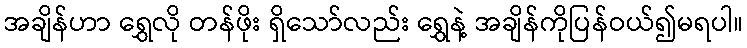
အချိန်ဟာ ရွှေလို တန်ဖိုး ရှိသော်လည်း ရွှေနဲ့ အချိန်ကိုပြန်ဝယ်၍မရပါ။